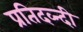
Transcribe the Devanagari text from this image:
प्रतिदव्न्दी